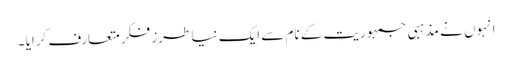
انہوں نے مذہبی جمہوریت کے نام سے ایک نیا طرز فکر متعارف کرایا ۔